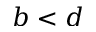
b < d